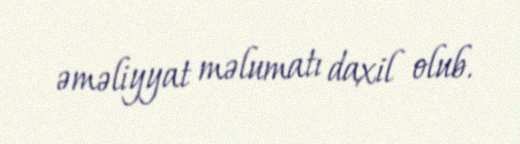
əməliyyat məlumatı daxil olub.